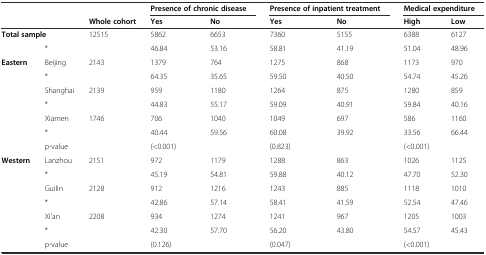
| <COLSPAN=3>  | <COLSPAN=2> Presence of chronic disease | <COLSPAN=2> Presence of inpatient treatment | <COLSPAN=2> Medical expenditure |
 | <COLSPAN=2>  | Whole cohort | Yes | No | Yes | No | High | Low |
 | --- | --- | --- | --- | --- | --- | --- | --- | --- |
 | <COLSPAN=2> Total sample | 12515 | 5862 | 6653 | 7360 | 5155 | 6388 | 6127 |
 |  | * |  | 46.84 | 53.16 | 58.81 | 41.19 | 51.04 | 48.96 |
 | <ROWSPAN=7> Eastern | Beijing | 2143 | 1379 | 764 | 1275 | 868 | 1173 | 970 |
 | * |  | 64.35 | 35.65 | 59.50 | 40.50 | 54.74 | 45.26 |
 | Shanghai | 2139 | 959 | 1180 | 1264 | 875 | 1280 | 859 |
 | * |  | 44.83 | 55.17 | 59.09 | 40.91 | 59.84 | 40.16 |
 | Xiamen | 1746 | 706 | 1040 | 1049 | 697 | 586 | 1160 |
 | * |  | 40.44 | 59.56 | 60.08 | 39.92 | 33.56 | 66.44 |
 | p-value |  | <COLSPAN=2> (<0.001) | <COLSPAN=2> (0.823) | <COLSPAN=2> (<0.001) |
 | <ROWSPAN=7> Western | Lanzhou | 2151 | 972 | 1179 | 1288 | 863 | 1026 | 1125 |
 | * |  | 45.19 | 54.81 | 59.88 | 40.12 | 47.70 | 52.30 |
 | Guilin | 2128 | 912 | 1216 | 1243 | 885 | 1118 | 1010 |
 | * |  | 42.86 | 57.14 | 58.41 | 41.59 | 52.54 | 47.46 |
 | Xi'an | 2208 | 934 | 1274 | 1241 | 967 | 1205 | 1003 |
 | * |  | 42.30 | 57.70 | 56.20 | 43.80 | 54.57 | 45.43 |
 | p-value |  | <COLSPAN=2> (0.126) | <COLSPAN=2> (0.047) | <COLSPAN=2> (<0.001) |